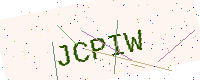
Text: JCPIW